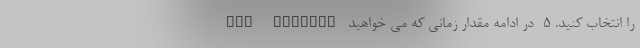
Get started را انتخاب کنید. ۵- در ادامه مقدار زمانی که می خواهید